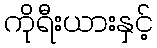
ကိုရီးယားနှင့်